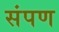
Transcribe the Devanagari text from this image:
संपण